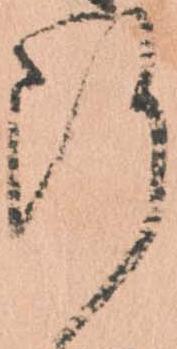
断